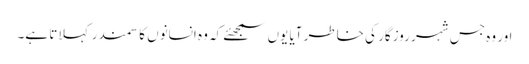
اور وہ جس شہر روزگار کی خاطر آیا یوں سمجھئے کہ وہ انسانوں کا سمندر کہلاتا ہے۔